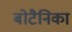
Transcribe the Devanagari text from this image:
बोटैनिका